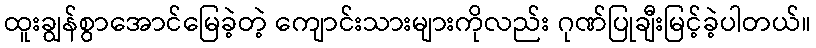
ထူးချွန်စွာအောင်မြေခဲ့တဲ့ ကျောင်းသားများကိုလည်း ဂုဏ်ပြုချီးမြင့်ခဲ့ပါတယ်။